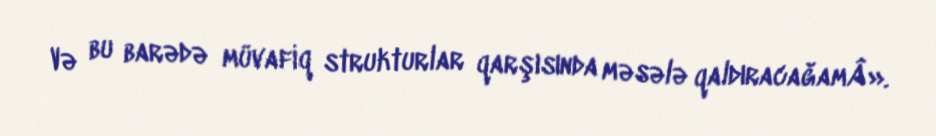
Və bu barədə müvafiq strukturlar qarşısında məsələ qaldıracağamÂ».